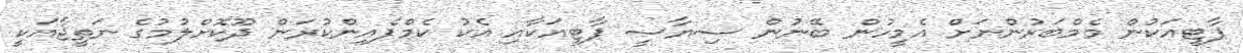
ޕާޓީއަކުން މެމްބަރުންނަށް އެމީހުން ބޭނުން ސިޔާސީ ޕާޓީއަކާއި އެކު ކެމްޕެއިންކުރަން ދޫކޮށްލުމުގެ ނަތީޖާއަކީ